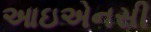
આઇએનસી